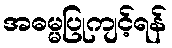
အဓမ္မပြုကျင့်ရန်